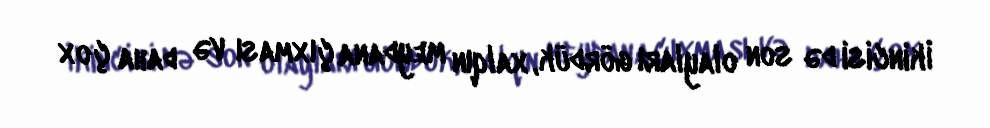
İkincisi də son olayları gördük, xalqın meydana çıxması və daha çox